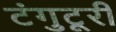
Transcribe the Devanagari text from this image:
टंगुटूरी